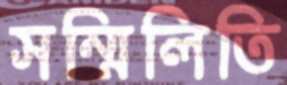
সম্মিলিতি